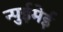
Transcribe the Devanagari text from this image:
न्पुईमेई